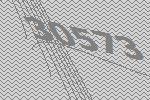
30573